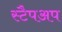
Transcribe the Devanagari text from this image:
स्टैपअप